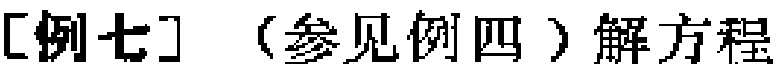
[例七] （参见例四）解方程